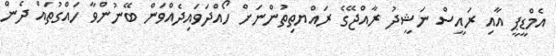
އެމްޑީޕީ އާއި ރައީސް ނަޝީދު ރާއްޖޭގެ ރައްޔތިތުންނަށް ހޯއްދަވައިދެއްވަން ބޭނުންވާ ހައްގުތައް ދެން